Vaccination North-Western Provinces 1866-1877 - 1866-1877
Year: 1866
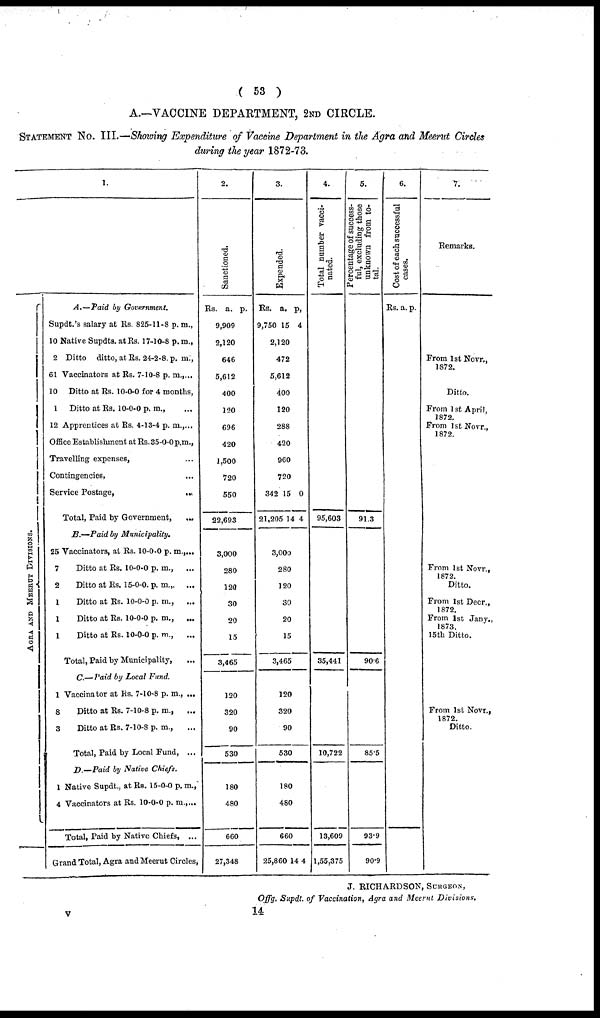
( 53 )
A.— VACCINE DEPARTMENT, 2ND CIRCLE.
STATEMENT NO. III.—Showing Expenditure of Vaccine Department in the Agra and Meerut Circles
during the year 1872-73.
AGRA AND MEERUT DIVISIONS.
1.
A.— Paid by Government.
Supdt.'s salary at Rs. 825-11-8 p. m.,
10 Native Supdts. at Rs. 17-10-8 p. m.,
2 Ditto ditto, at Rs. 24-2-8. p. m.,
61 Vaccinators at Rs. 7-10-8 p. m., ...
10 Ditto at Rs. 10-0-0 for 4 months,
1 Ditto at Rs. 10-0-0 p. m., ...
12 Apprentices at Rs. 4-13-4 p. m., ...
Office Establishment at Rs. 35-0-0 p.m.,
Travelling expenses, ...
Contingencies, ...
Service Postage,
...
Total, Paid by Government,
...
B.— Paid by Municipality.
25 Vaccinators, at Rs. 10-0-0 p. m., ...
7
Ditto at Rs. 10-0-0 p. m., ...
2
Ditto at Rs. 15-0-0. p. m., ...
1
Ditto at Rs. 10-0-0 p. m., ...
1
Ditto at Rs. 10-0-0 p. m., ...
1
Ditto at Rs. 10-0-0 p. m., ...
Total, Paid by Municipality, ...
C.— Paid by Local Fund.
1 Vaccinator at Rs. 7-10-8 p. m., ...
8
Ditto at Rs. 7-10-8 p. m., ...
3
Ditto at Rs. 7-10-8 p. m., ...
Total, Paid by Local Fund, ...
D.— Paid by Native Chiefs.
1 Native Supdt., at Rs. 15-0-0 p. m., ...
4 Vaccinators at Rs. 10-0-0 p. m., ...
Total, Paid by Native Chiefs, ...
Grand Total, Agra and Meerut Circles,
2.
Sanctioned.
Rs. a. p.
9,909
2,120
646
5,612
400
120
696
420
1,500
720
550
22,693
3,000
280
120
30
20
15
3,465
120
320
90
530
180
480
660
27,348
3.
Expended.
Rs.
9,750
a.
15
p.
4
2,120
472
5,612
400
120
288
420
960
720
342
21,205
15
14
0
4
3,000
280
120
30
20
15
3,465
120
320
90
530
180
480
660
25,860 14 4
4.
Total number vacci-
nated.
95,603
35,441
10,722
13,609
1,55,375
5.
Percentage of success-
ful, excluding those
unknown from to-
tal.
91.3
90.6
85.5
93.9
90.9
6.
Cost of each successful
cases.
Rs. a. p.
7.
Remarks.
From 1st Novr.,
1872.
Ditto.
From 1st April,
1872.
From 1st Novr.,
1872.
From 1st Novr.,
1872.
Ditto.
From 1st Decr.,
1872.
From 1st Jany.,
1873
15th Ditto.
From 1st Novr.,
1872.
Ditto.
J. RICHARDSON, SURGEON,
Offg. Supdt. of Vaccination, Agra and Meerut Divisions.
v
14